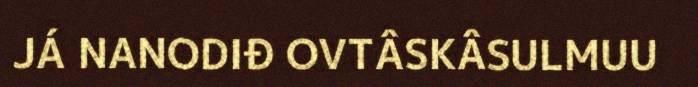
JÁ NANODIĐ OVTÂSKÂSULMUU